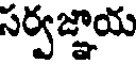
సర్వజ్ఞాయ